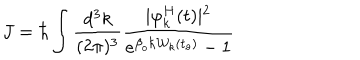
J = \hbar \int \frac { d ^ { 3 } k } { ( 2 \pi ) ^ { 3 } } \frac { \mid \varphi _ { k } ^ { H } ( t ) \mid ^ { 2 } } { e ^ { \beta _ { o } \hbar { \cal { W } } _ { k } ( t _ { o } ) } - 1 }